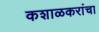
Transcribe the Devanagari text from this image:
कशाळकरांचा